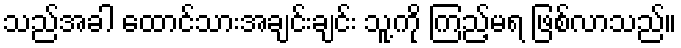
သည်အခါ ထောင်သားအချင်းချင်း သူ့ကို ကြည့်မရ ဖြစ်လာသည်။